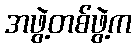
အဖွဲ့တစ်ဖွဲ့က